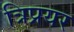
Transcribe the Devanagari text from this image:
त्रिप्रयर